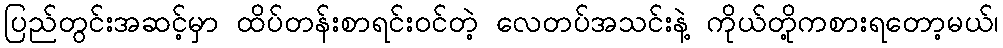
ပြည်တွင်းအဆင့်မှာ ထိပ်တန်းစာရင်းဝင်တဲ့ လေတပ်အသင်းနဲ့ ကိုယ်တို့ကစားရတော့မယ်၊